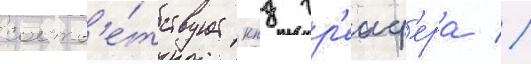
соотв'е́тствует кпд гр'еиф'ера //